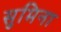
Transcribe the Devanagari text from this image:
सुमिना